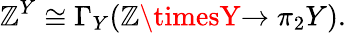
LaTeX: \mathbb{Z}^{Y}\cong\Gamma_{Y}(\mathbb{Z}\timesY{\xrightarrow{}{{\pi_{2}}}}Y).